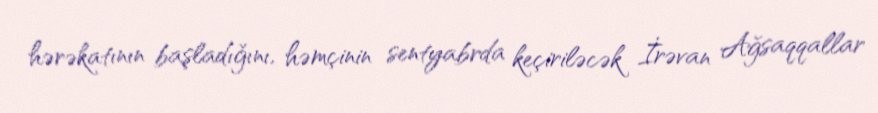
hərəkatının başladığını, həmçinin sentyabrda keçiriləcək İrəvan Ağsaqqallar